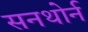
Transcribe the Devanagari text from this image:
सनथोर्न